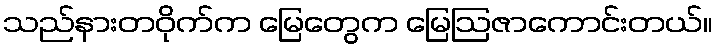
သည်နားတဝိုက်က မြေတွေက မြေဩဇာကောင်းတယ်။